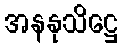
အနနုသိဋ္ဌေ